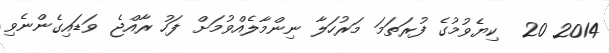
2014 20  ކިޔެވުމުގެ ފުރަތަމަ މަރުހަލާ ނިންމާލެއްވުމަށް ފަހު ރާއްޖެ ވަޑައިގެންނެވި